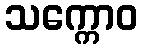
သက္ကောဝ